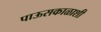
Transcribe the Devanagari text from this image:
पाऊसकाळाशी